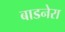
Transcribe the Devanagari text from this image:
बाडनेरा